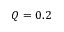
Q = 0 . 2